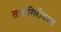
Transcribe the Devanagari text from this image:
तारागिरीवरुन